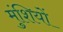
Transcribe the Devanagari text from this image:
मुंशियों